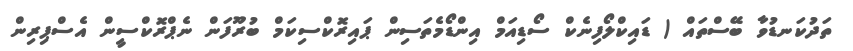
ތަދުކަނޑުވާ ބޭސްތައް ( ޑައިކްލޯފިނެކް ސޯޑިއަމް އިންޑޯމެތަސިން ޕައިރޮކްސިކަމް ބުރޫފަން ނެޕްރޮކްސީން އެސްޕިރިން